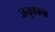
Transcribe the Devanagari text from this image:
जनुकाचा